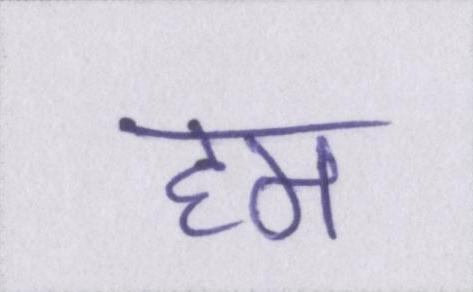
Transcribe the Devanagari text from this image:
हम